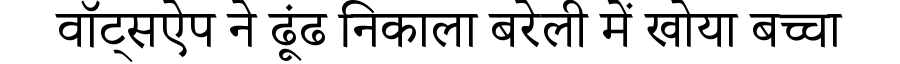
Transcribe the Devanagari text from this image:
वॉट्सऐप ने ढूंढ निकाला बरेली में खोया बच्चा